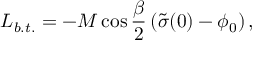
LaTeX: { \cal L } _ { b . t . } = - M \cos \frac { \beta } { 2 } \left( \tilde { \sigma } ( 0 ) - \phi _ { 0 } \right) ,